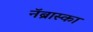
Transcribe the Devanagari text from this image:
नॅब्रास्का